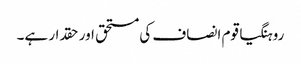
روہنگیا قوم انصاف کی مستحق اور حقدار ہے۔